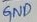
Text: GND